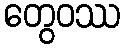
တွေဝဿ